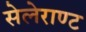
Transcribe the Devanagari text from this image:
सेलेराण्ट